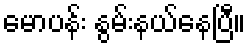
မောပန်း နွမ်းနယ်နေပြီ။